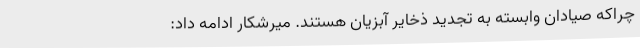
چراکه صیادان وابسته به تجدید ذخایر آبزیان هستند. میرشکار ادامه داد: